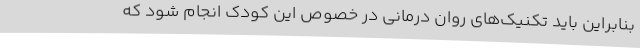
بنابراین باید تکنیک‌های روان درمانی در خصوص این کودک انجام شود که